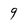
Character: 9